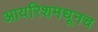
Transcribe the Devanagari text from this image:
आयरिशमधूनच